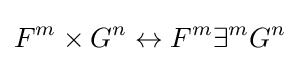
F^{m}\times G^{n}\leftrightarrow F^{m}\exists ^{m}G^{n}